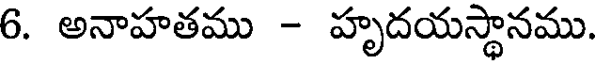
6. అనాహతము - హృదయస్థానము.